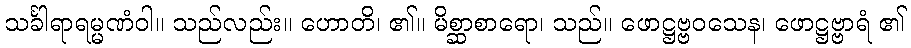
သင်္ခါရာရမ္မဏံဝါ။ သည်လည်း။ ဟောတိ၊ ၏။ မိစ္ဆာစာရော၊ သည်။ ဖောဋ္ဌဗ္ဗဝသေန၊ ဖောဋ္ဌဗ္ဗာရံ ၏